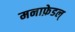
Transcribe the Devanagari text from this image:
मनाफ़ेडल्